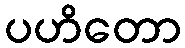
ပဟိတော